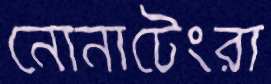
নোনাটেংরা